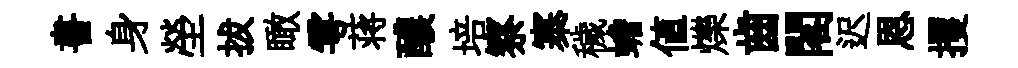
書身塋拔瞰雩蒋醲培察寨穢蟾值爍齒閣迟恩攫